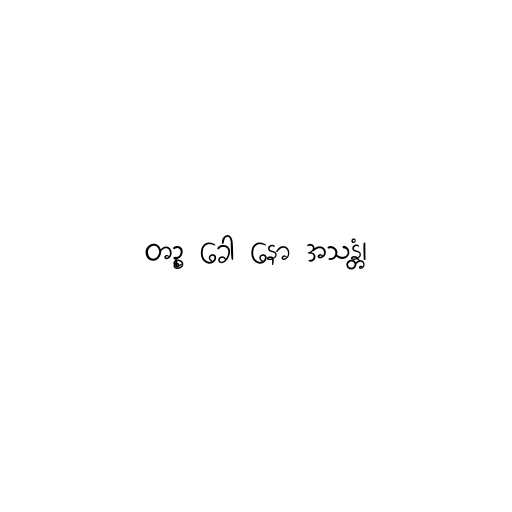
တဉ္စ ခေါ နော အသန္တံ၊